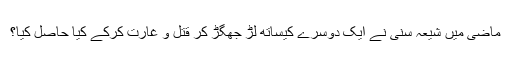
ماضی میں شیعہ سنی نے ایک دوسرے کیساتھ لڑ جھگڑ کر قتل و غارت کرکے کیا حاصل کیا؟